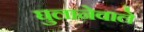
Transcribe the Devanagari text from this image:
घुलानेवाले